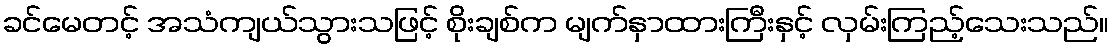
ခင်မေတင့် အသံကျယ်သွားသဖြင့် စိုးချစ်က မျက်နှာထားကြီးနှင့် လှမ်းကြည့်သေးသည်။